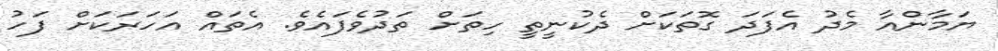
ޔަމާންއާ މެދު އެފަދަ ގޮތަކަށް ދެކުނީތީ ހިތަށް ތަދުވެފައެވެ. އެތައް އަހަރަކަށް ފަހު